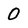
Character: 0